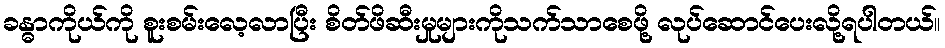
ခန္ဓာကိုယ်ကို စူးစမ်းလေ့လာပြီး စိတ်ဖိဆီးမှုများကိုသက်သာစေဖို့ လုပ်ဆောင်ပေးလို့ရပါတယ်။